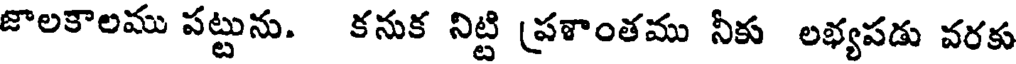
జొలకాలము పట్టును. కనుక నిట్టి (పళాంతము నీకు లభ్యపడు వరకు